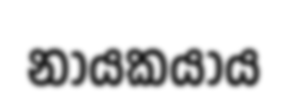
නායකයාය